Annual report of the Prince of Wales Medical College, Patna
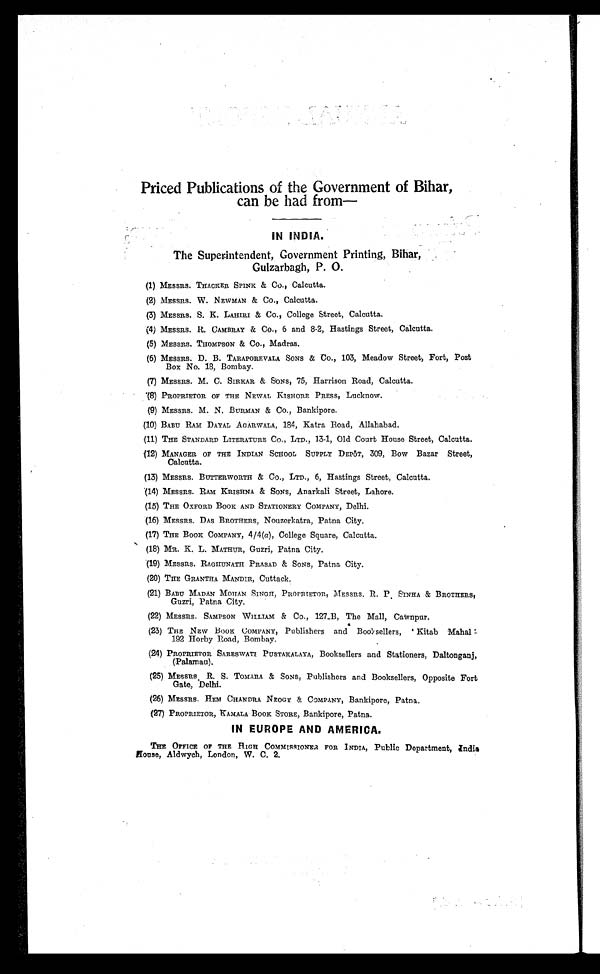
Priced Publications of the Government of Bihar,
can be had from—
IN INDIA.
The S uperintendent, Government Printing, Bihar,
Gulzarbagh, P. O.
(1) MESSRS. THACKER SPINK & Co., Calcutta.
(2) MESSRS. W. NEWMAN & Co., Calcutta.
(3) MESSRS. S. K. LAHIRI & Co., College Street, Calcutta.
(4) MESSRS. R. CAMBRAY & Co., 6 and 8-2, Hastings Street, Calcutta.
(5) MESSRS. THOMPSON & Co., Madras.
(6) MESSRS. D. B. TARAPOREVALA SONS & Co., 103, Meadow Street, Fort, Post
Box No. 18, Bombay.
(7) MESSRS. M. C. SIRKAR & SONS, 75, Harrison Road, Calcutta.
(8)
PROPRIETOR OF THE NEWAL KISHORE PRESS, Lucknow.
(9) MESSRS. M. N. BURMAN & Co., Bankipore.
(10) BABU RAM DAYAL AGARWALA, 184, Katra Road, Allahabad.
(11) THE STANDARD LITERATURE CO., LTD., 13-1, Old Court House Street, Calcutta.
(12) MANAGER OF THE INDIAN SCHOOL SUPPLY DEPÓT, 309, Bow Bazar Street,
Calcutta.
(13) MESSRS. BUTTERWORTH & Co., LTD., 6, Hastings Street, Calcutta.
(14)
MESSRS. RAM KRISHNA & SONS, Anarkali Street, Lahore.
(15) THE OXFORD BOOK AND STATIONERY COMPANY, Delhi.
(16) MESSRS. DAS BROTHERS, Nouzerkatra, Patna City.
(17) THE BOOK COMPANY, 4/4 (a) , College Square, Calcutta.
(18) MR. K. L. MATHUR, Guzri, Patna City.
(19) MESSRS. RAGHUNATH PRASAD & SONS, Patna City.
(20) THE GRANTHA MANDIR, Cuttack.
(21) BABU MADAN MOHAN SINGH, PROPRIETOR, MESSRS. R. P SINHA & BROTHERS,
Guzri, Patna City.
(22) MESSRS. SAMPSON WILLIAM & Co., 127_B, The Mall, Cawnpur.
(23) THE NEW BOOK COMPANY, Publishers and Booksellers, 'Kitab Mahal'
192 Horby Road, Bombay.
(24) PROPRIETOR SARESWATI PUSTAKALAYA, Booksellers and Stationers, Daltonganj,
(Palamau).
(25) MESSRS R. S. TOMARA & SONS, Publishers and Booksellers, Opposite Fort
Gate, Delhi.
(26) MESSRS. HEM CHANDRA NEOGY & COMPANY, Bankipore, Patna.
(27)
PROPRIETOR, KAMALA BOOK STORE, Bankipore, Patna.
IN EUROPE AND AMERICA.
THE OFFICE OF THE HIGH COMMISSIONER FOR INDIA, Public Department, India
House, Aldwych, London, W. C. 2.